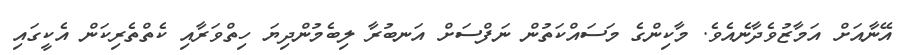
އޭނާއަށް އަމާޒުވެދާނެއެވެ. މާކިންގެ މަސައްކަތުން ނަފްސަށް އަނބުރާ ލިބެމުންދިޔަ ހިތްވަރާއި ކެތްތެރިކަން އެކީގައި